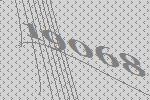
19068